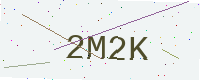
Text: 2M2K